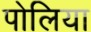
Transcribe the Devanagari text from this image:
पोलिया